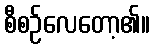
စီစဉ်လေတော့၏။